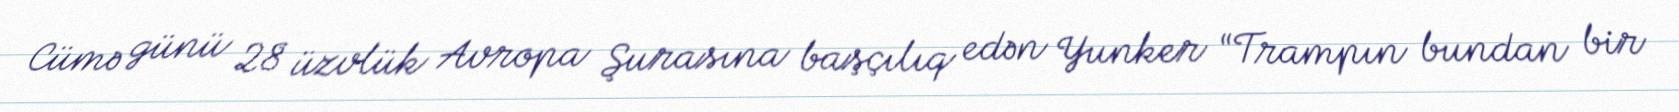
Cümə günü 28 üzvlük Avropa Şurasına başçılıq edən Yunker “Trampın bundan bir